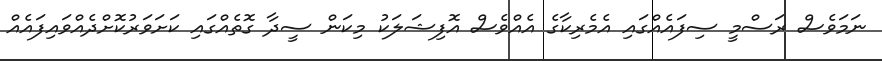
ނަމަވެސް ރަސްމީ ސިފައެއްގައި އެމެރިކާގެ އެއްވެސް އޮފިޝަލަކު މިކަން ސީދާ ގޮތެއްގައި ކަށަވަރުކޮށްދެއްވައިފައެއް